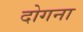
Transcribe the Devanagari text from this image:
दोगना